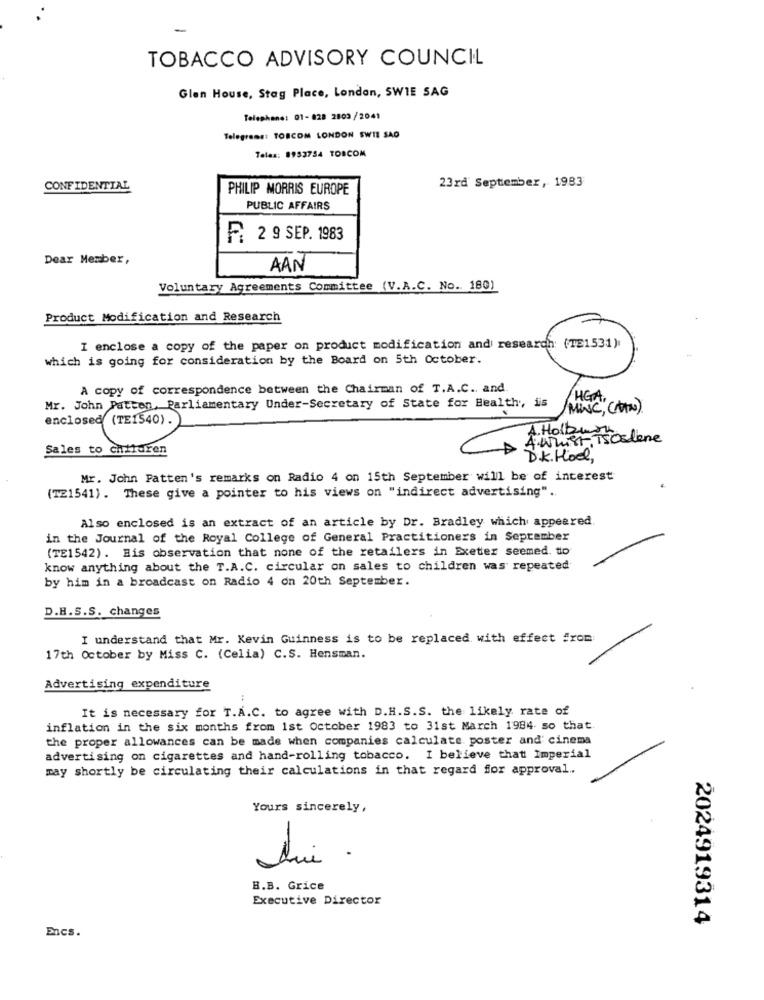
TOBACCO ADVISORY COUNCIL
Glen House, Stag Place, London, SWIE SAG
Telephone: 01-828 2803/2041
Telegrams: TORCOM LONDON SWIE SAO
Teles: 8953754 TORCOM
23rd September, 1983
CONFIDENTIAL
PHILIP MORRIS EUROPE
PUBLIC AFFAIRS
F: 2 9 SEP. 1983
Dear Member,
AAN
Voluntary Agreements Committee (V.A.C. No. 180)
Product Modification and Research
I enclose a copy of the paper on product modification and research: (TE1531)
which is going for consideration by the Board on 5th October.
A copy of correspondence between the Chairman of T.A.C ., and.
/HGA,
Mr. John Patten, Parliamentary Under-Secretary of State for Health, is
/MINC, (DIN)
A wrist iSostiene
A Holbuy
Sales to children
D.K. Hoel,
Mr. John Patten's remarks on Radio 4 on 15th September will be of interest
(T21541). These give a pointer to his views on "indirect advertising" ..
Also enclosed is an extract of an article by Dr. Bradley which appeared.
in the Journal of the Royal College of General Practitioners in September
(TE1542). His observation that none of the retailers in Exeter seemed. to
know anything about the T.A.C. circular on sales to children was repeated
by him in a broadcast on Radio 4 on 20th September.
D.H.S.S. changes
I understand that Mr. Kevin Guinness is to be replaced with effect from
17th October by Miss C. (Celia) C.S. Hensman.
Advertising expenditure
It is necessary for T.A.C. to agree with D.H.S.S. the likely rate of
inflation in the six months from 1st October 1983 to 31st March 1984 so that.
the proper allowances can be made when companies calculate poster and cinema
advertising on cigarettes and hand-rolling tobacco. I believe that Imperial
may shortly be circulating their calculations in that regard for approval ..
Yours sincerely,
lui .
B.B. Grice
Executive Director
2024919314
Encs.